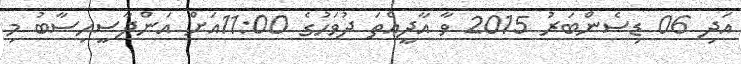
އަދި 06 ޑިސެންބަރު 2015 ވާ އާދީއްތަ ދުވަހުގެ 11:00އަށް އަންދާސީހިސާބު މި